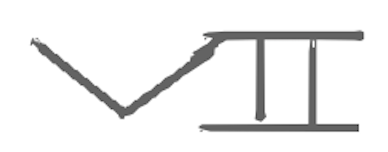
Text: VII
Cross-out: clean
Writing tool: digital_gray